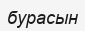
бурасын